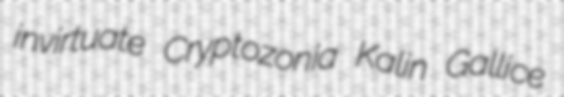
invirtuate Cryptozonia Kalin Gallice